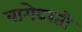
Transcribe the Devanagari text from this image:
बागेवरती